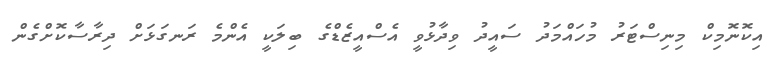
އިކޮނޮމިކް މިނިސްޓަރު މުހައްމަދު ސައީދު ވިދާޅުވީ އެސްއީޒެޑްގެ ބިލަކީ އެންމެ ރަނގަޅަށް ދިރާސާކޮށްގެން